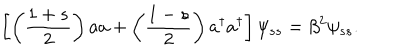
\left[ \left( \frac { 1 + s } { 2 } \right) a a + \left( \frac { 1 - s } { 2 } \right) a ^ { \dagger } a ^ { \dagger } \right] \psi _ { s s } = \beta ^ { 2 } \psi _ { s s } .